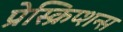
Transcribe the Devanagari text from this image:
प्रेस्क्रिप्शन्स